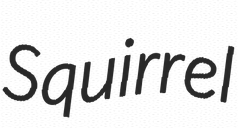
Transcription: Squirrel